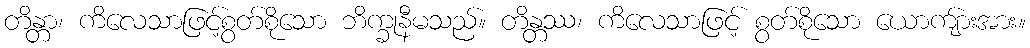
တိန္တာ၊ ကိလေသာဖြင့်စွတ်စိုသော ဘိက္ခုနီမသည်။ တိန္တဿ၊ ကိလေသာဖြင့် စွတ်စိုသော ယောကျ်ားအား။